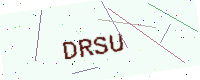
Text: DRSU